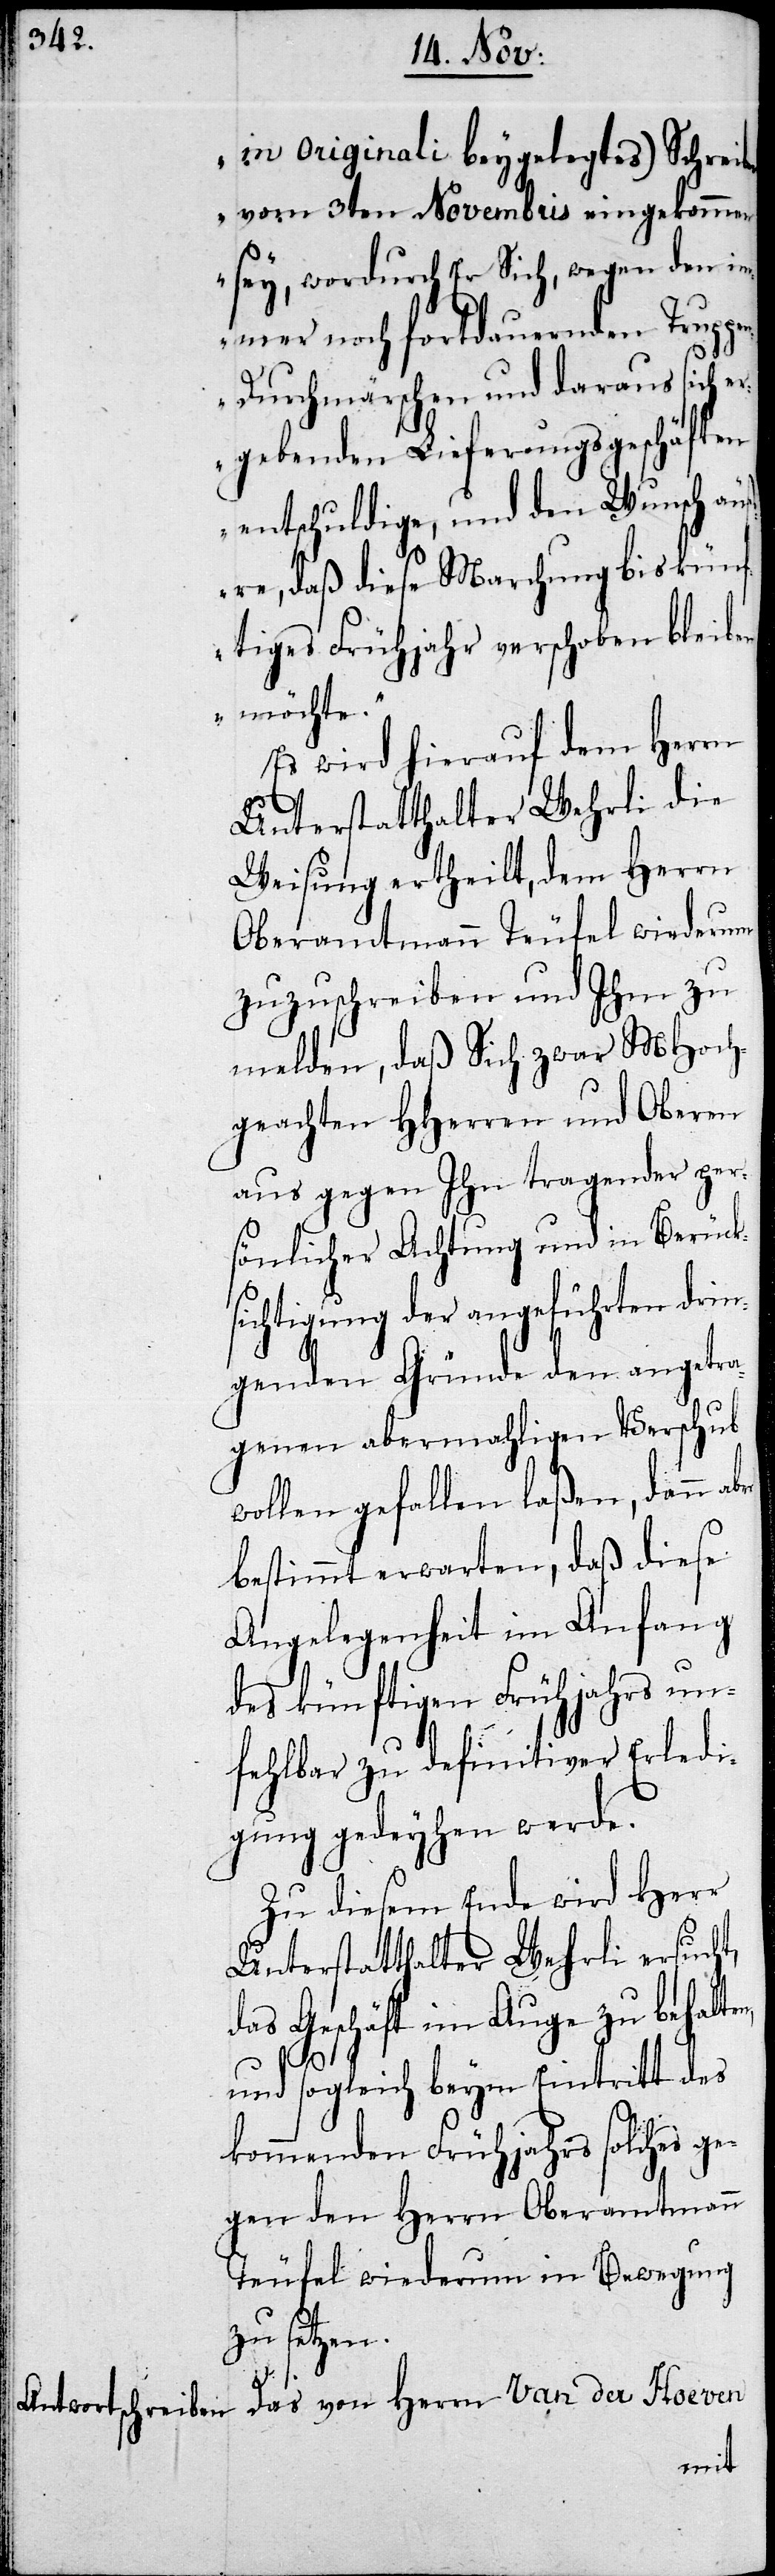
in Originali beygelegtes Schrei¬
ben vom 3ten Novembris eingekommen
sey, wordurch Er Sich, wegen den i¬
mmer noch fortdauernden Trupp¬
en-Durchmärschen und daraus sich e¬
rgebenden Lieferungsgeschäften
entschuldige, und den Wunsch äu¬
ßere, daß diese Marchung bis künf¬
tiges Frühjahr verschoben bleiben
möchte.“
Es wird hierauf dem Herrn
Unterstatthalter Wehrli die
Weisung ertheilt, dem Herrn
Oberamtmann Teufel wiederum
zuzuschreiben und Ihm zu
melden, daß Sich zwar MHoch¬
geachten HHerren und Oberen
aus gegen Ihn tragender per¬
sönlicher Achtung und in Berück¬
sichtigung der angeführten drin¬
genden Gründe den angetra¬
genen abermahligen Verschub
wollen gefallen laßen, dann
bestimmt erwarten, daß diese
Angelegenheit im Anfang
des künftigen Frühjahrs un¬
fehlbar zu definitiver Erledi¬
gung gedeyhen werde.
Zu diesem Ende wird Herr
Unterstatthalter Wehrli ersucht,
das Geschäft im Auge zu behalte¬
n,
und sogleich beym Eintritt des
kommenden Frühjahrs solches ge¬
gen den Herrn Oberamtmann
Teufel wiederum in Bewegung
zu setzen.
Das von Herrn Van der Hoeven